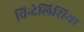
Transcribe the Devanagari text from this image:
विन्देलिसिया